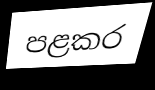
පළකර